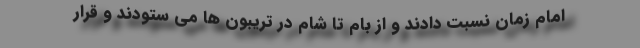
امام زمان نسبت دادند و از بام تا شام در تریبون ‌ها می ستودند و قرار